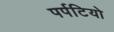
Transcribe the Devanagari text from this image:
पर्पटियो